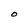
Character: O